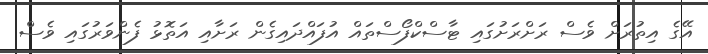
އޭގެ އިތުރަށް ވެސް ރަށްރަށުގައި ޓާސްކްފޯސްތައް އުފައްދައިގެން ރަށާއި އަތޮޅު ފެންވަރުގައި ވެސް